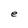
Character: e